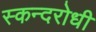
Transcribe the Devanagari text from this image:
स्कन्दरोधी